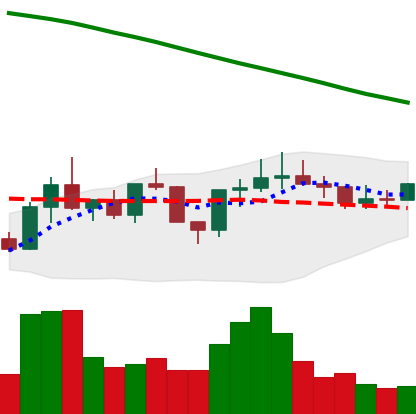
Ticker: ADA-USD
Chart end date: 2022-08-05
Forward return: 3.786%
Label: up_3_5